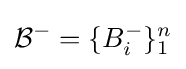
{\mathcal {B}}^{-}=\{B_{i}^{-}\}_{1}^{n}